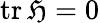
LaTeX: \operatorname{tr}{\mathfrak{H}}=0